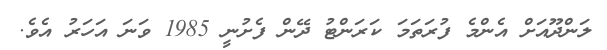
ލަންދޫއަށް އެންމެ ފުރަތަމަ ކަރަންޓު ދޭން ފެށުނީ 1985 ވަނަ އަހަރު އެވެ.